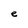
Character: e